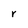
Character: r